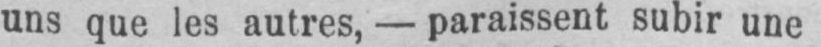
uns que les autres, - paraissent subir une